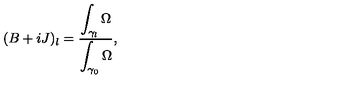
( B + i J ) _ { l } = \frac { \displaystyle \int _ { \gamma _ { l } } \Omega } { \displaystyle \int _ { \gamma _ { 0 } } \Omega } ,